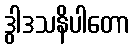
ဒွါဒသနိပါတော